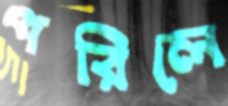
পরিলে